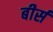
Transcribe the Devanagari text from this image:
बीर्स